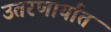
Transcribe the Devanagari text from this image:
उतरणार्यात